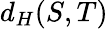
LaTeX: d_{H}(S,T)